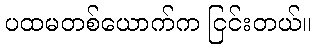
ပထမတစ်ယောက်က ငြင်းတယ်။